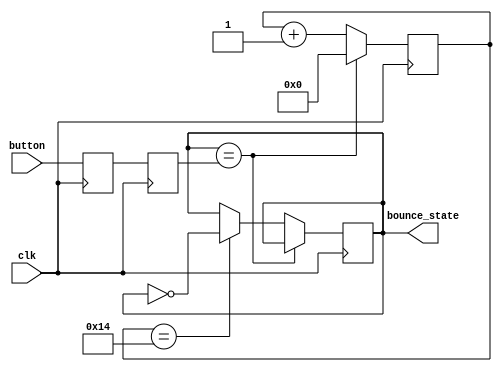
`timescale 1ns / 1ps
//////////////////////////////////////////////////////////////////////////////////
// Company: UCLA: CS M152A
// 
// Design Name: 
// Module Name:    C:/Users/JasonLess/Documents/
// Project Name: 
// Target Devices: 
// Tool versions: 
// Description: 
//
// Dependencies: 
//
// Revision: 
// Revision 0.01 - File Created
// Additional Comments: 
//
//////////////////////////////////////////////////////////////////////////////////
module debouncer(
	//Inputs
   input wire clk, 
	input wire button, 
   //Outputs
   output wire bounce_state
   );
	
	// Temporary registers
		// Metastability purposes: sync to clock
	reg sync_to_clk0;
	reg sync_to_clk1;
		// Debouncer purposes: use of counter, instead of shift register
   reg debounce_temp;
   reg [15:0] counter;

	// Metastability
	always @ (posedge clk) begin
		sync_to_clk0 <= button;
		sync_to_clk1 <= sync_to_clk0;
	end
	
	// Debouncing
   always @ (posedge clk) begin
		if (debounce_temp == sync_to_clk1) begin
			counter <= 0;
		end
		else begin
			counter <= counter + 1'b1;
			if (counter == 20) begin
				debounce_temp <= ~bounce_state;
			end
      end
	end
	
	assign bounce_state = debounce_temp;

endmodule